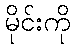
မိုင်းကို